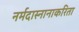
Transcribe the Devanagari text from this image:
नर्मदास्नानाकरिता